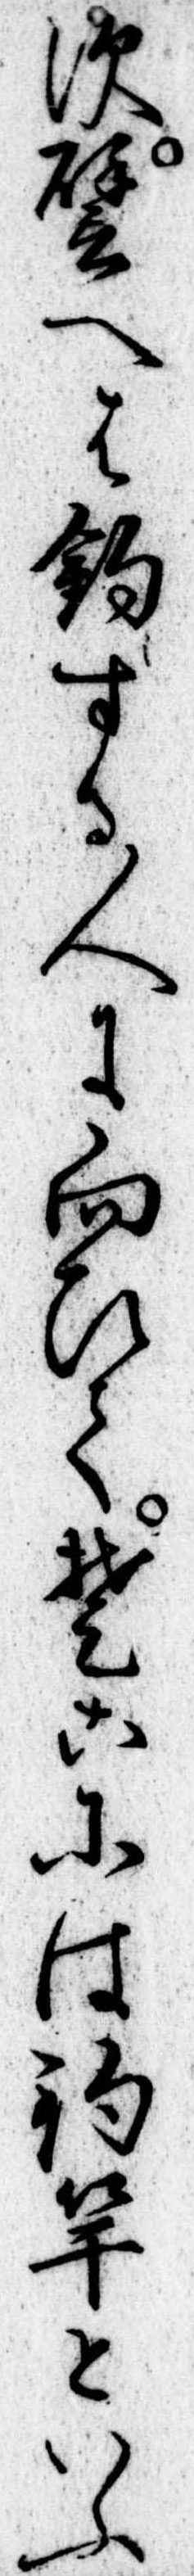
す譬へは釣する人に向ひてそこには釣竿といふ